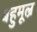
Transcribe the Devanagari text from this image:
बहुमूल्र